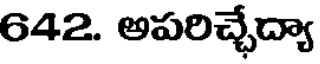
642. అపరిచ్చేద్యా